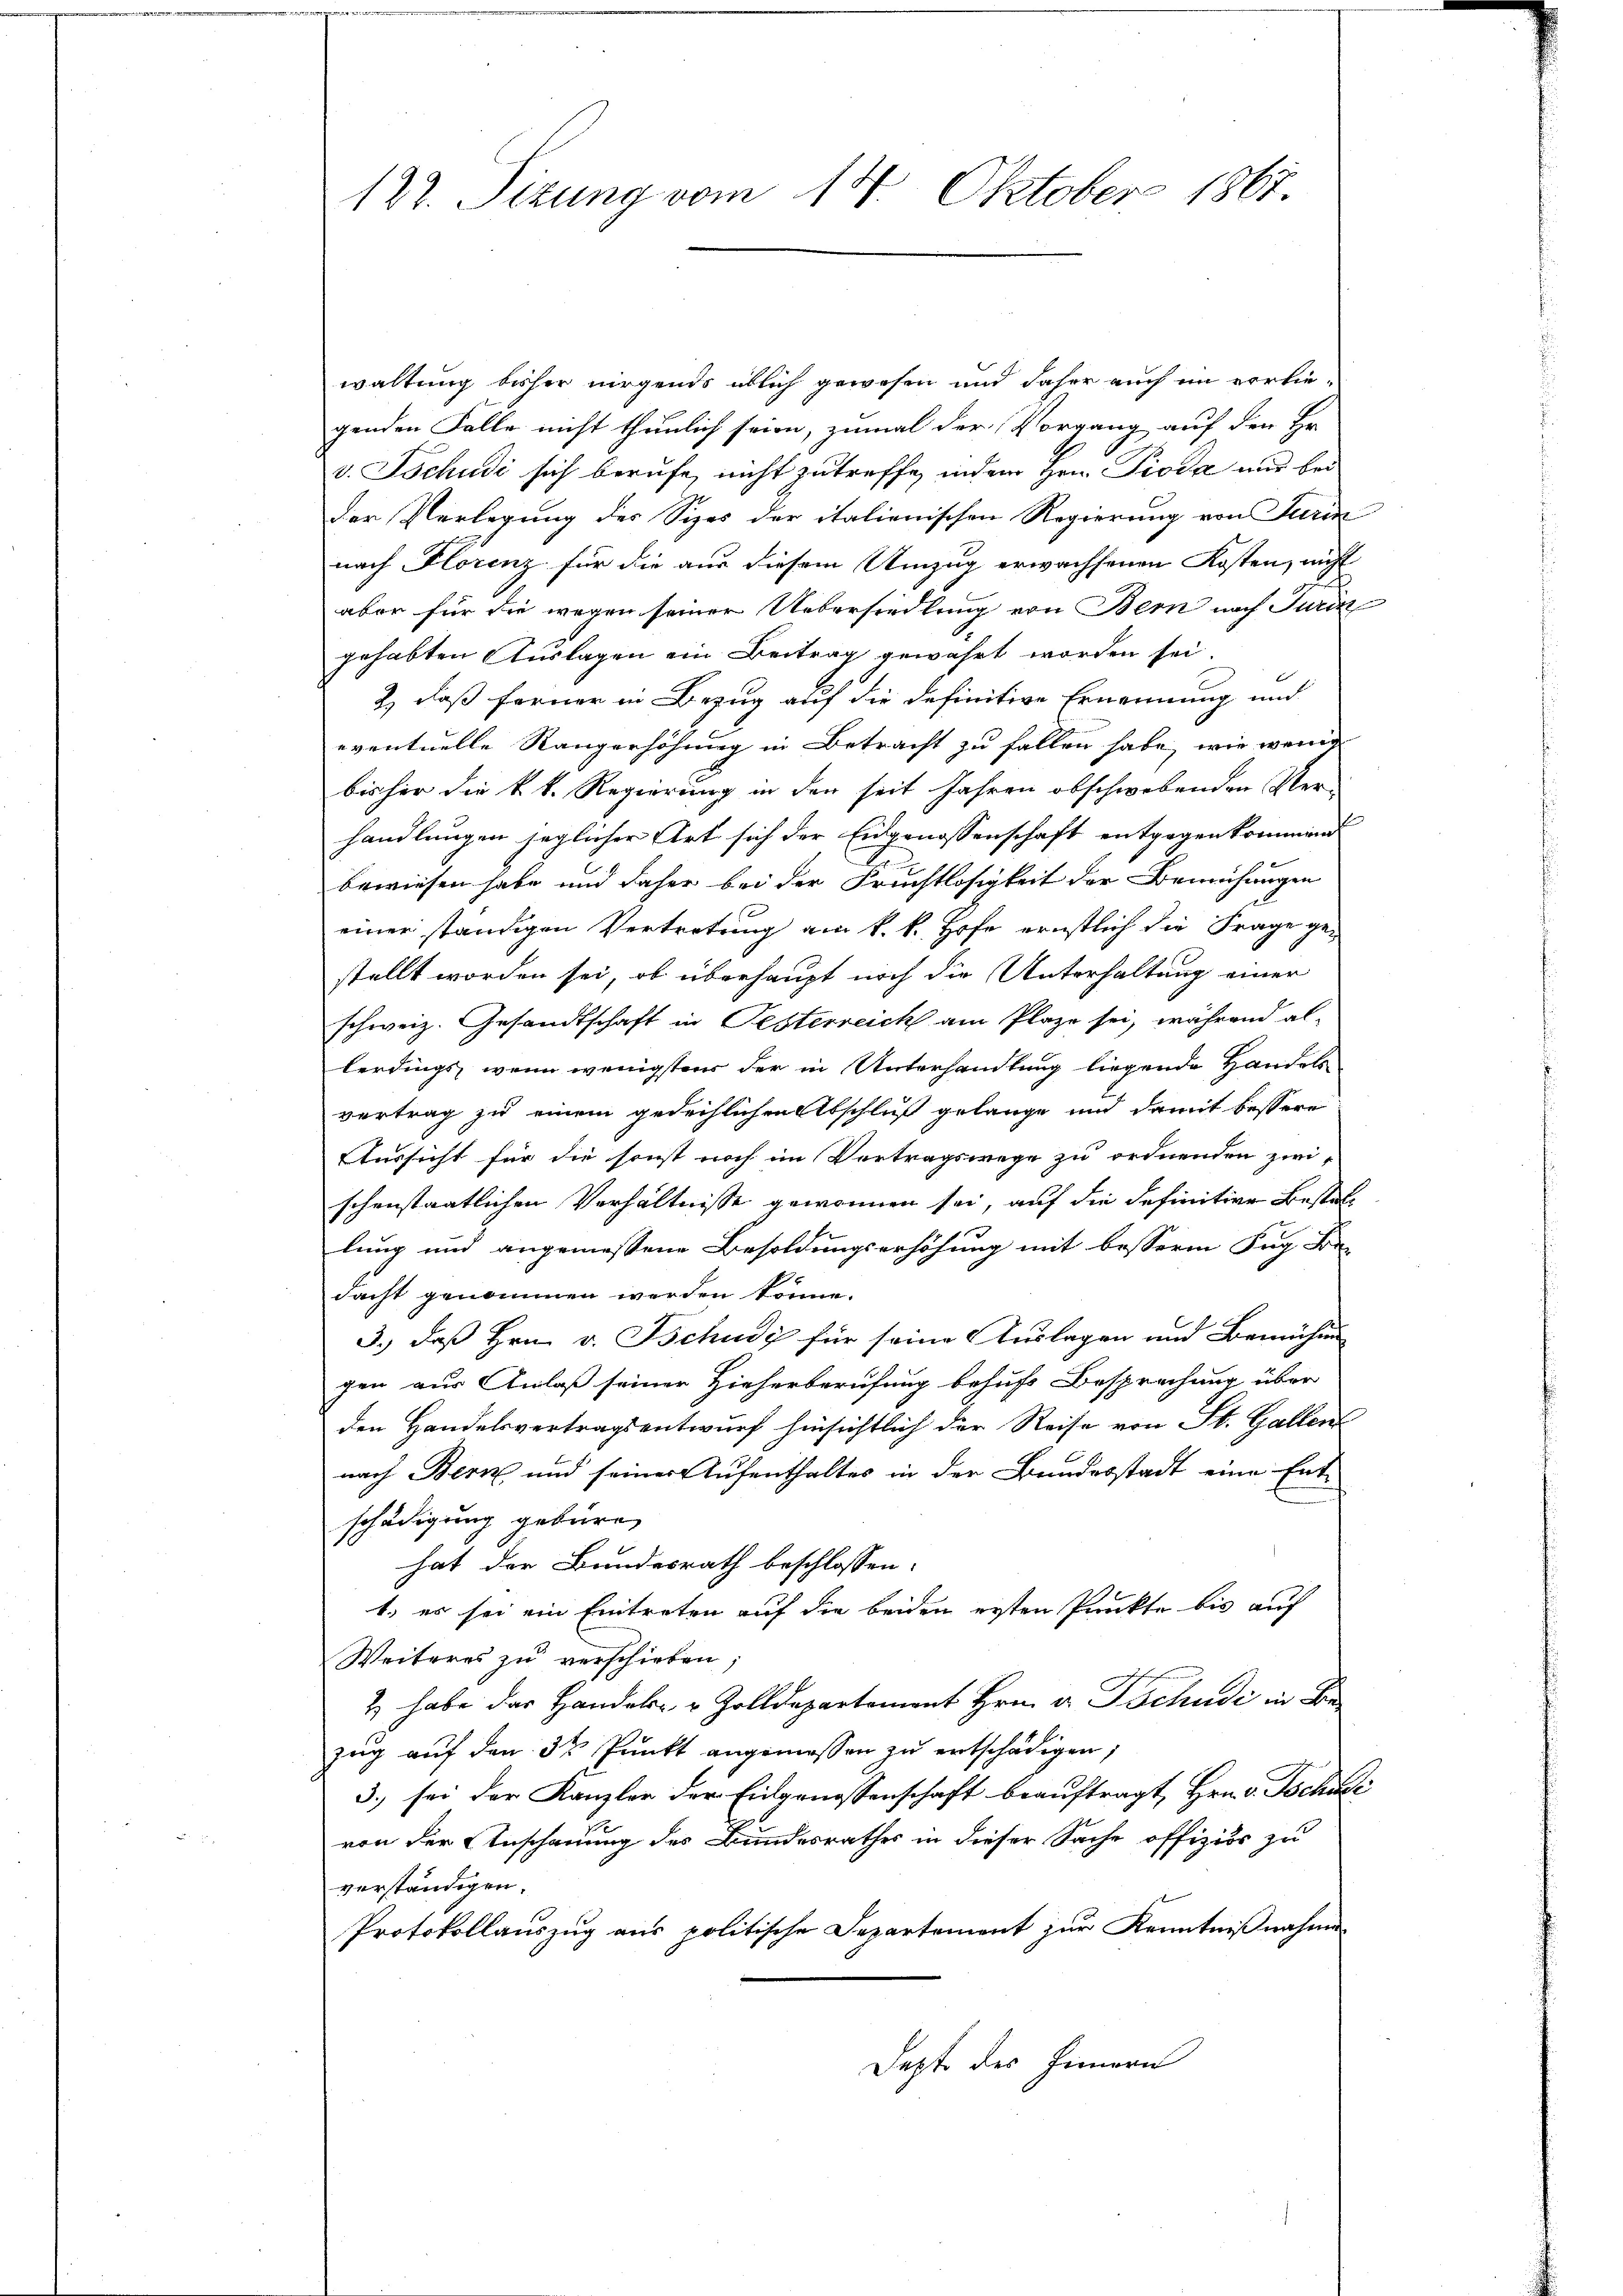
122. Sizung vom 14. Oktober 1867.

waltung bisher nirgends üblich gewesen und daher auch im vorlie-
genden Falle nicht thunlich seien, zumal der Vorgang auf den Hr.
v. Tschudi sich berufe, nicht zutreffe, indem Hrn. Pioda und bei
Der Verlegung des Sizes der italienischen Regierung von Turin
nach Florenz für die aus diesem Umzug erwachsenen Kosten, nicht
aber für die wegen seiner Uebersiedlung von Bern nach Turin
gehabten Auslagen ein Beitrag gewährt worden sei
2) daß ferner in Bezug auf die definitive Ernennung und
eventuelle Rangerhöhung in Betracht zu fallen habe, wie wenig
bisher die k. k. Regierung in den seit Jahren obschwebenden Ver-
handlungen jeglicher Art sich der Eidgenossenschaft entgegen kommend
c
bewiesen habe und daher bei der Fruchtlosigkeit der Bemühungen
einer ständigen Vertretung am k. k. Hofe ernstlich die Frage ge-
stellt worden sei, ob überhaupt noch die Unterhaltung einer
schweiz. Gesandtschaft in Pesterreich am Plaze sei, während allerdings, wenn wenigstens der in Unterhandlung liegende Handels-
vertrag zu einem gedeihlichen Abschluß gelange und damit bessere
Aussicht für die sonst noch im Vertragswege zu ordnenden zwischenstaatlichen Verhältnisse gewonnen sei, auf die definitive Bestallung und angemessene Besoldungserhöhung mit besserm Zug be
dacht genommen werden könne.
3.) daß Hrn. v. Tschudi für seine Auslagen und Bemühun
gen aus Anlaß seiner Hieherberufung behufs Besprechung über
den Handelsvertragsentwurf hinsichtlich der Reise von St. Gallen
nach Bern und seiner Aufenthaltes in der Bundesstadt eine Entschädigung gebüre,
hat der Bundesrath beschlossen:
1.) es sei ein Eintreten auf die beiden ersten Punkte bis auf
Weiteres zu verschieben;
2) habe das Handels- & Zolldepartement Hrn. v. Tschudi in Be
zug auf den 32 Punkt angemessen zu entschädigen,
3.) sei der Kanzler der Eingenossenschaft beauftragt, Hrn. v. Tschudi
von der Anschauung des Bundesrathes in dieser Sache offiziös zu
verständigen.
Protokollauszug aus politische Departement zur Kenntnißnahme
Depte des Innern